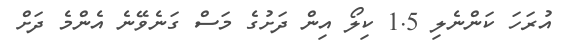
އުރަހަ ކަންނެލި 1.5 ކިލޯ އިން ދަށުގެ މަސް ގަނެވޭނެ އެންމެ ދަށް